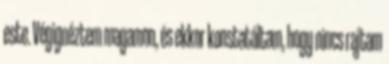
este. Végignéztem magamon, és ekkor konstatáltam, hogy nincs rajtam